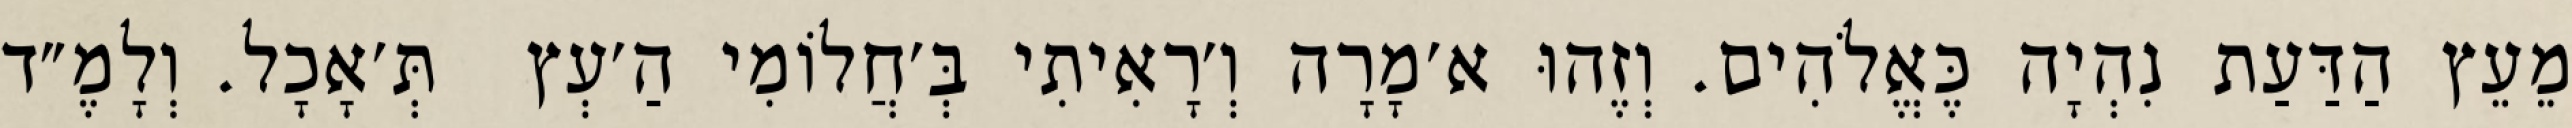
מֵעֵץ הַדַּעַת נִהְיָה כֶּאֱלֹהִים. וְזֶהוּ א׳מָרָה וְ׳רָאִיתִי בְּ׳חֲלוֹמִי הַ׳עְץ  תְּ׳אָכָל. וְלָמֶ״ד